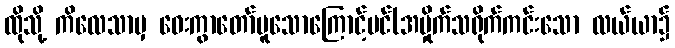
ထိုသို့ ကိလေသာမှ ဝေးကွာတော်မူသောကြောင့်ပင်(အမှိုက်သရိုက်ကင်းသော လယ်ယာ၌